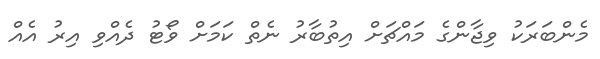
މެންބަރަކު ވިޖާންގެ މައްޗަށް އިތުބާރު ނެތް ކަމަށް ވޯޓު ދެއްވި އިރު އެއް